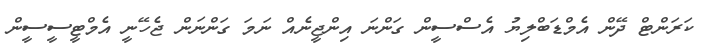
ކަރަންޓް ދޭން އެމްޑަބްލިޔު އެސްސީން ގަންނަ އިންޖީނެއް ނަމަ ގަންނަން ޖެހޭނީ އެމްޓީސީސީން